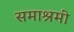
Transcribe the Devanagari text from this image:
समाश्रमी